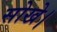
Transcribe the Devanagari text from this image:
सोखे।